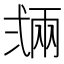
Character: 𢎏